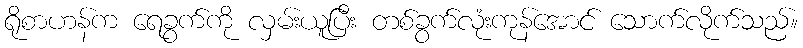
ရိုစာဟန်က ရေခွက်ကို လှမ်းယူပြီး တစ်ခွက်လုံးကုန်အောင် သောက်လိုက်သည်။